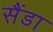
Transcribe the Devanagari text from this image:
सैंडा